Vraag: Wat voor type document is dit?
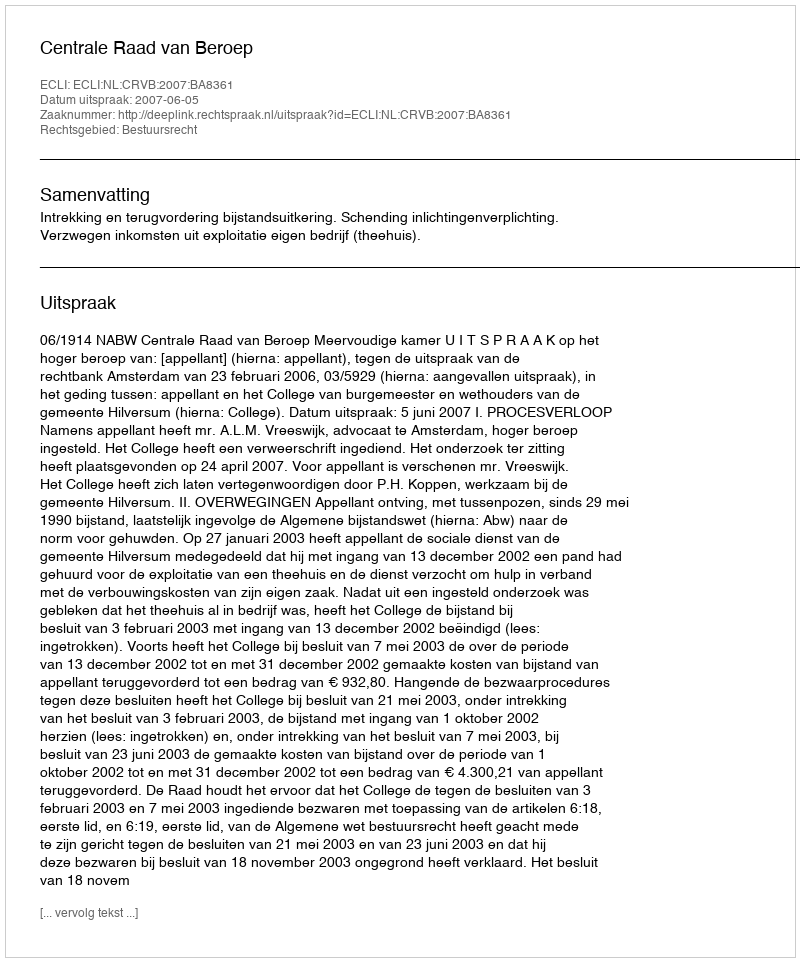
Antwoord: Uitspraak